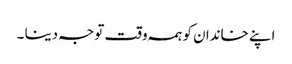
اپنے خاندان کو ہمہ وقت توجہ دینا ۔